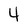
Character: 4